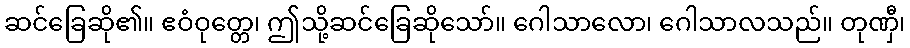
ဆင်ခြေဆို၏။ ဧဝံဝုတ္တေ၊ ဤသို့ဆင်ခြေဆိုသော်။ ဂေါသာလော၊ ဂေါသာလသည်။ တုဏှီ၊